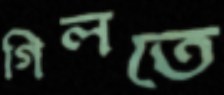
গিলতে